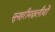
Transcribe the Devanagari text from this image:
सुनहरीमछलीयों